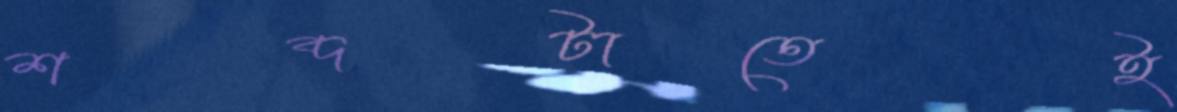
শব্দটাতেই